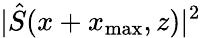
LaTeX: \vert\hat{S}(x+x_{\mathrm{max}},z)\vert^{2}